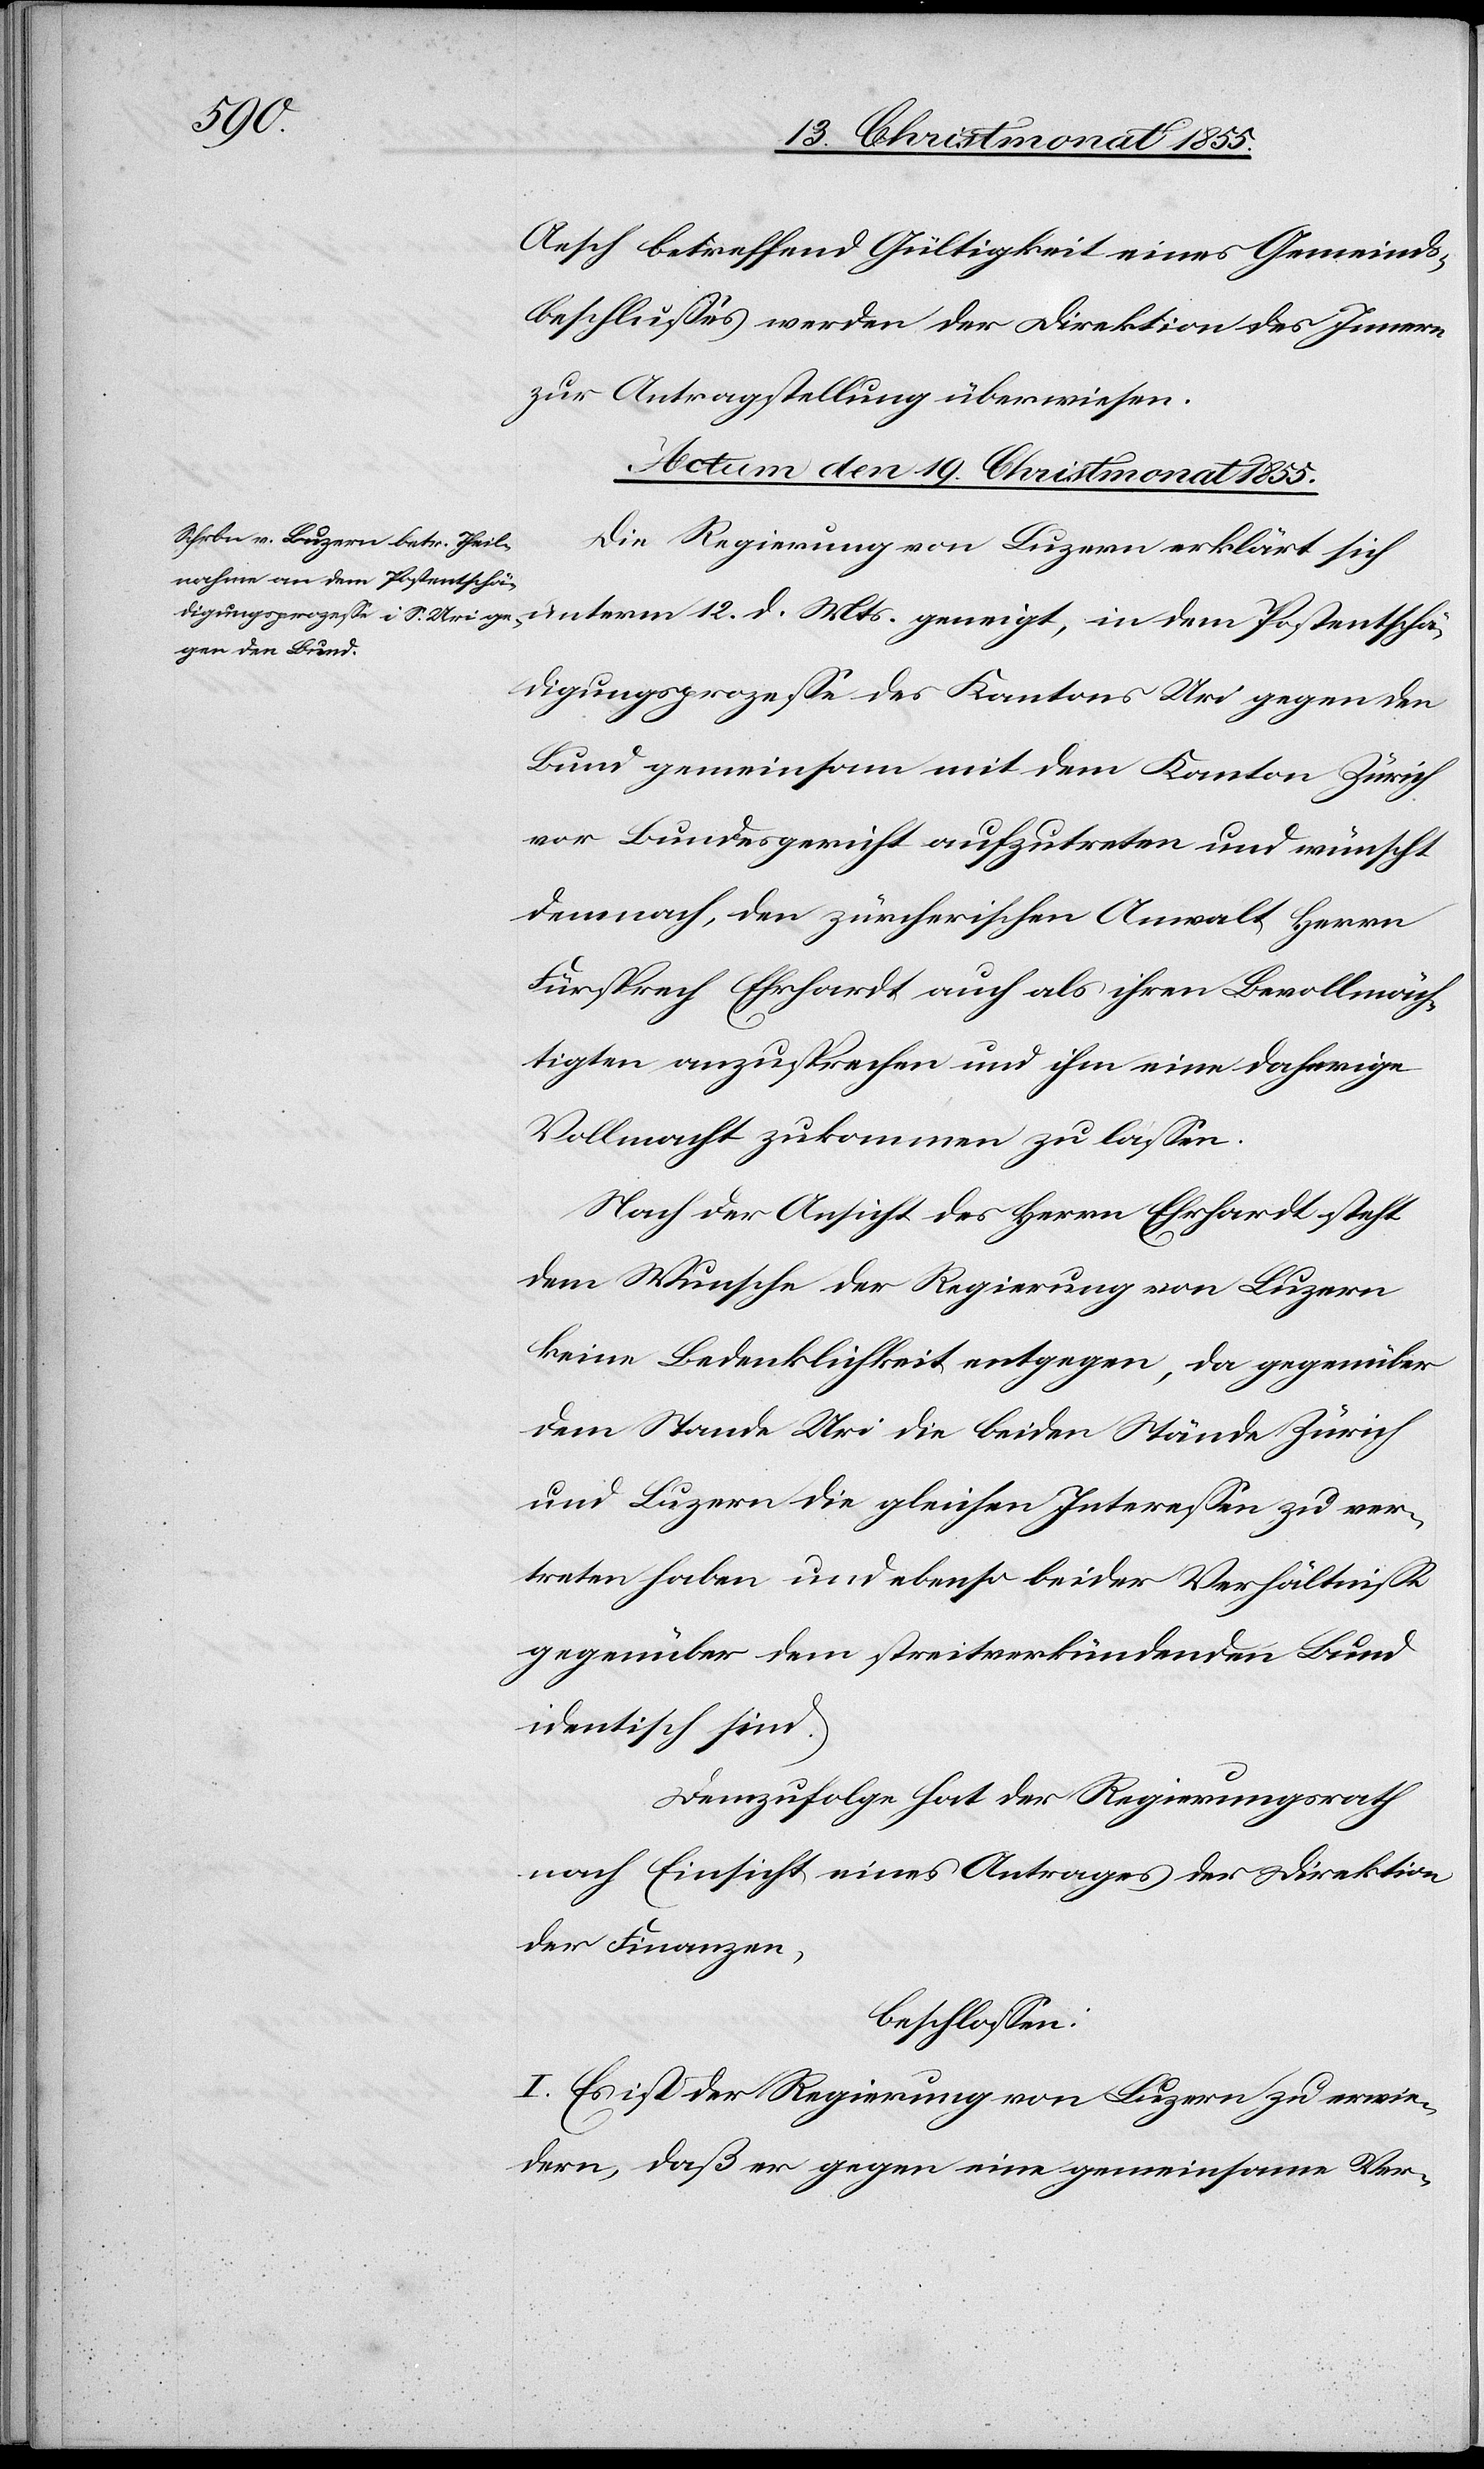
Aesch betreffend Gültigkeit eines Gemeinds¬
beschlusses werden der Direktion des Innern
zur Antragstellung überwiesen.
Actum den 19. Christmonat 1855.
Die Regierung von Luzern erklärt sich
unterm 12. d. Mts. geneigt, in dem Postentschä¬
digungsprozesse des Kantons Uri gegen den
Bund gemeinsam mit dem Kanton Zürich
vor Bundesgericht aufzutreten und wünscht
demnach, den zürcherischen Anwalt Herrn
Fürsprech Ehrhardt auch als ihren Bevollmäch¬
tigten anzusprechen und ihm eine daherige
Vollmacht zukommen zu lassen.
Nach der Ansicht des Herrn Ehrhardt steht
dem Wunsche der Regierung von Luzern
keine Bedenklichkeit entgegen, da gegenüber
dem Stande Uri die beiden Stände Zürich
und Luzern die gleichen Interessen zu ver¬
treten haben und ebenso beider Verhältnisse
gegenüber dem streitverkündenden Bund
identisch sind.
Demzufolge hat der Regierungsrath
nach Einsicht eines Antrages der Direktion
der Finanzen,
beschlossen:
I. Es ist der Regierung von Luzern zu erwie¬
dern, daß er gegen eine gemeinsame Ver-